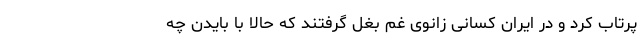
پرتاب کرد و در ایران کسانی زانوی غم بغل گرفتند که حالا با بایدن چه